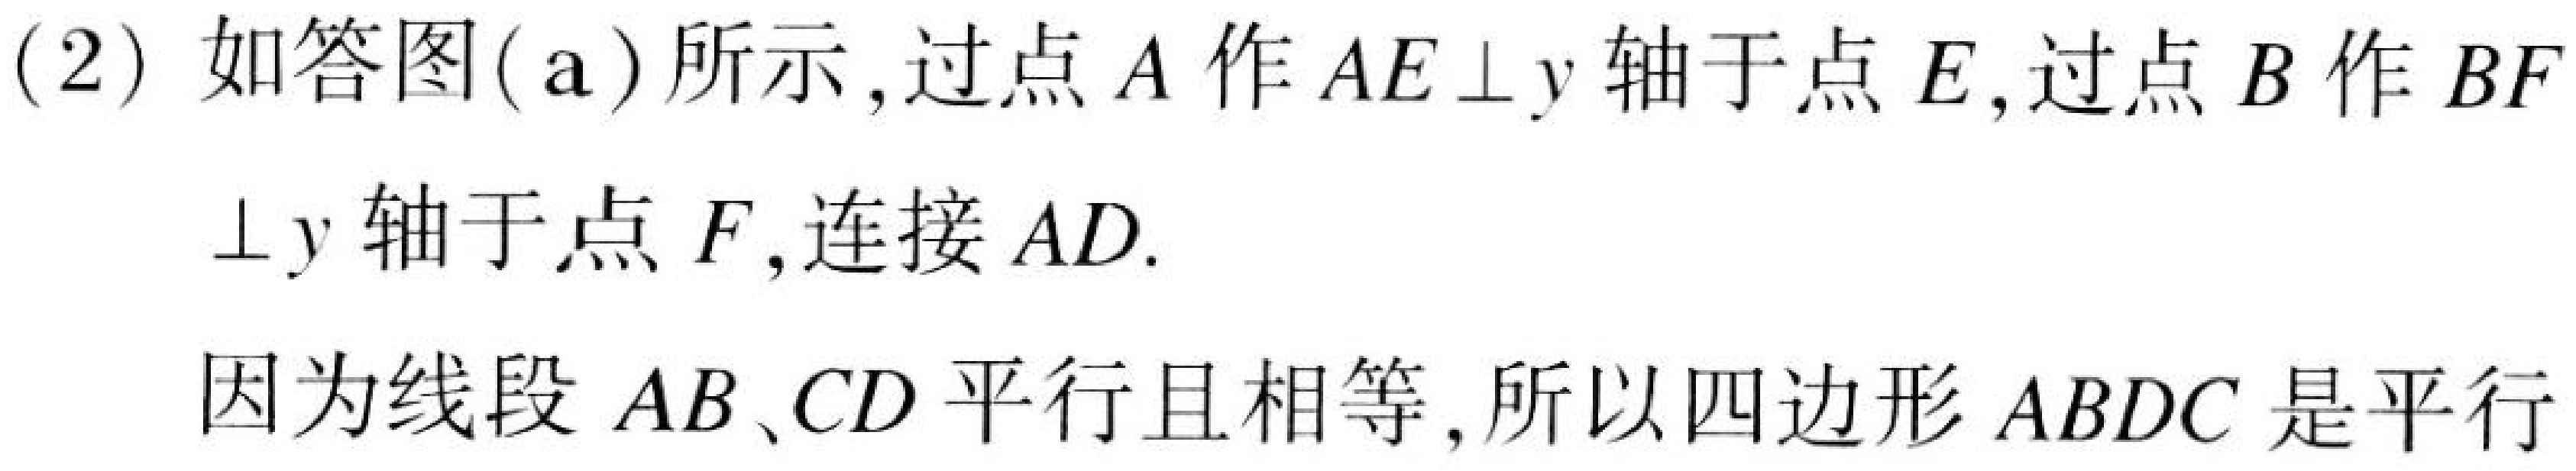
(2) 如答图(a)所示, 过点 \(A\) 作 \(AE\perp y\) 轴于点 \(E\), 过点 \(B\) 作 \(BF\)
\(\perp y\) 轴于点 \(F\), 连接 \(AD\).

因为线段 \(AB\)、\(CD\) 平行且相等, 所以四边形 \(ABDC\) 是平行